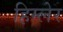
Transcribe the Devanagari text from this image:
हिम्लेर